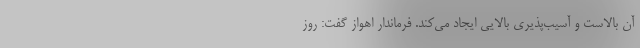
آن بالاست و آسیب‌پذیری بالایی ایجاد می‌کند. فرماندار اهواز گفت: روز